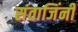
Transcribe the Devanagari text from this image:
संताजिंनी